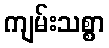
ကျမ်းသစ္စာ